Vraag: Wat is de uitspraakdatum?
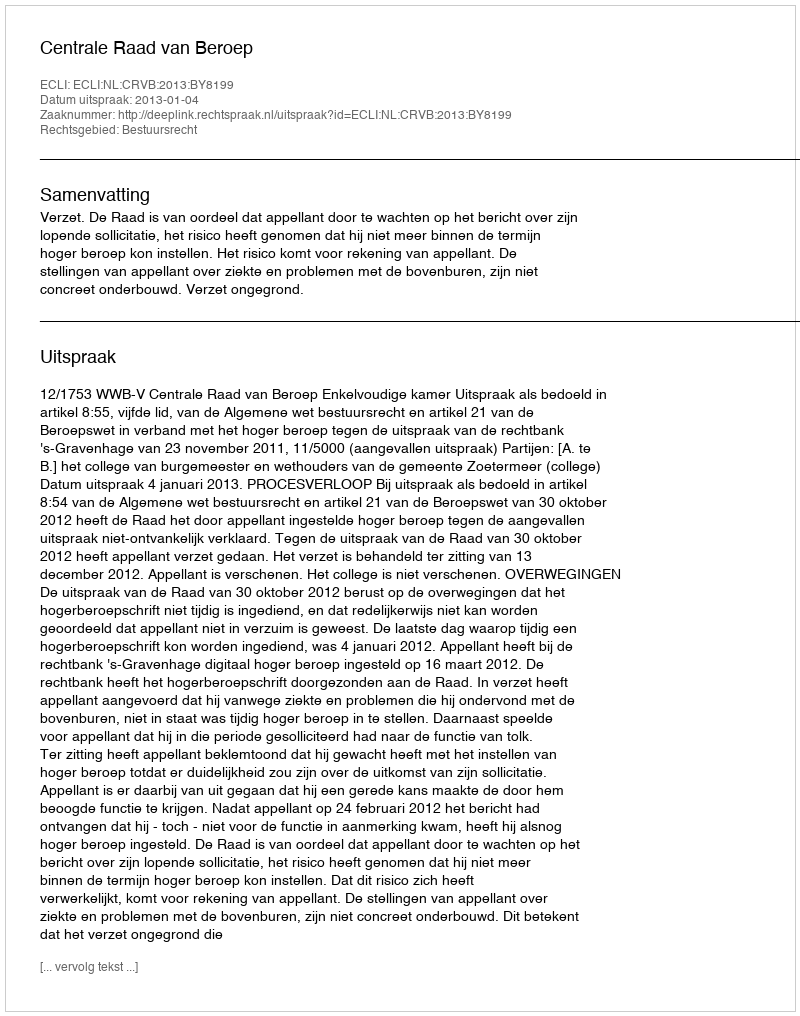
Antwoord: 2013-01-04